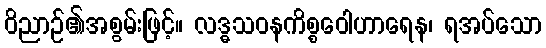
ဝိညာဉ်၏အစွမ်းဖြင့်။ လဒ္ဓသဝနကိစ္စဝေါဟာရေန၊ ရအပ်သော